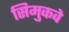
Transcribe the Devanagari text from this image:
सिमुकवे